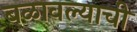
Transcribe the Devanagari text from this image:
बळावल्याची